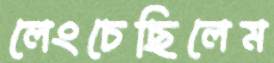
লেংচেছিলেম